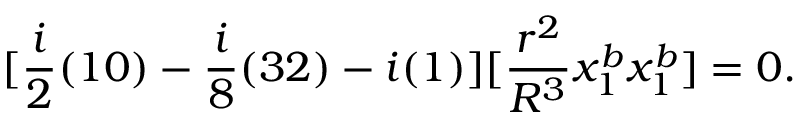
[ \frac { i } { 2 } ( 1 0 ) - \frac { i } { 8 } ( 3 2 ) - i ( 1 ) ] [ \frac { r ^ { 2 } } { R ^ { 3 } } x _ { 1 } ^ { b } x _ { 1 } ^ { b } ] = 0 .